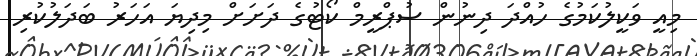
މިއީ ވަކީލުކަމުގެ ހުއްދަ ދިނުން ސުޕްރީމް ކޯޓުގެ ދަށަށް މިދިޔަ އަހަރު ބަދަލުކުރި